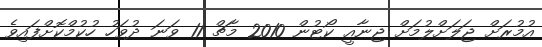
އުމުރަށް ޖަލަށްލުމަށް ޖިނާއީ ކޯޓުން 2010 މާޗް 11 ވަނަ ދުވަހު ހުކުމްކޮށްފައިވެ